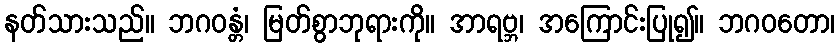
နတ်သားသည်။ ဘဂဝန္တံ၊ မြတ်စွာဘုရားကို။ အာရဗ္ဘ၊ အကြောင်းပြု၍။ ဘဂဝတော၊